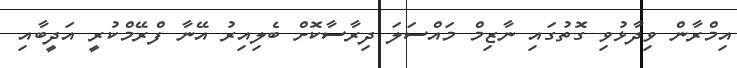
އިމްރާން ވިދާޅުވި ގޮތުގައި ނާޒިމް މައްސަލަ ދިރާސާކޮށް ބެލިއިރު އޭނާ ފްރޭމްކުރީ އަދީބާއި